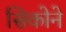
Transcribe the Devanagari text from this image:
सिकोने